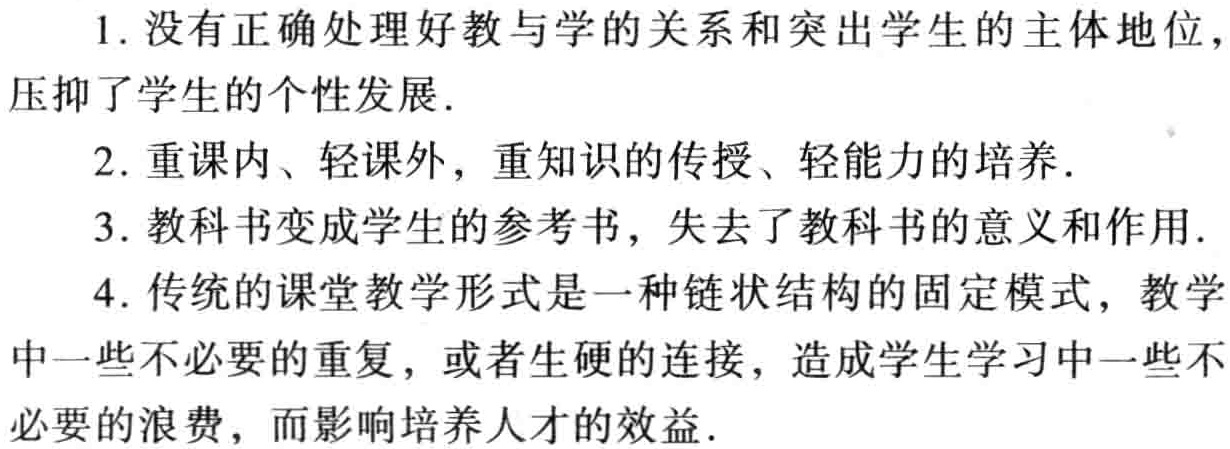
1. 没有正确处理好教与学的关系和突出学生的主体地位,

压抑了学生的个性发展.

2. 重课内、轻课外, 重知识的传授、轻能力的培养.

3. 教科书变成学生的参考书, 失去了教科书的意义和作用.

4. 传统的课堂教学形式是一种链状结构的固定模式, 教学

中一些不必要的重复, 或者生硬的连接, 造成学生学习中一些不

必要的浪费, 而影响培养人才的效益.